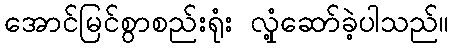
အောင်မြင်စွာစည်းရုံး လှုံ့ဆော်ခဲ့ပါသည်။